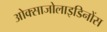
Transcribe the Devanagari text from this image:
ओक्साजोलाइडिनोंस